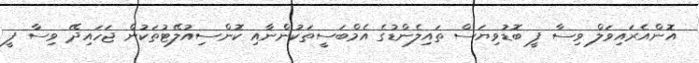
އޮންއެރައިވަލް ވިސާ ފީ ބޮޑުވިޔަސް ތައިލެންޑުގެ އެމްބަސީތަކުންނާއި ކޮންސިއުލޭޓުތަކުން ޖަހައިދޭ ވިސާ ފީ